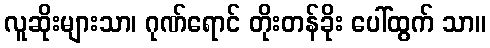
လူဆိုးများသာ၊ ဂုဏ်ရောင် တိုးတန်ခိုး ပေါ်ထွက် သာ။